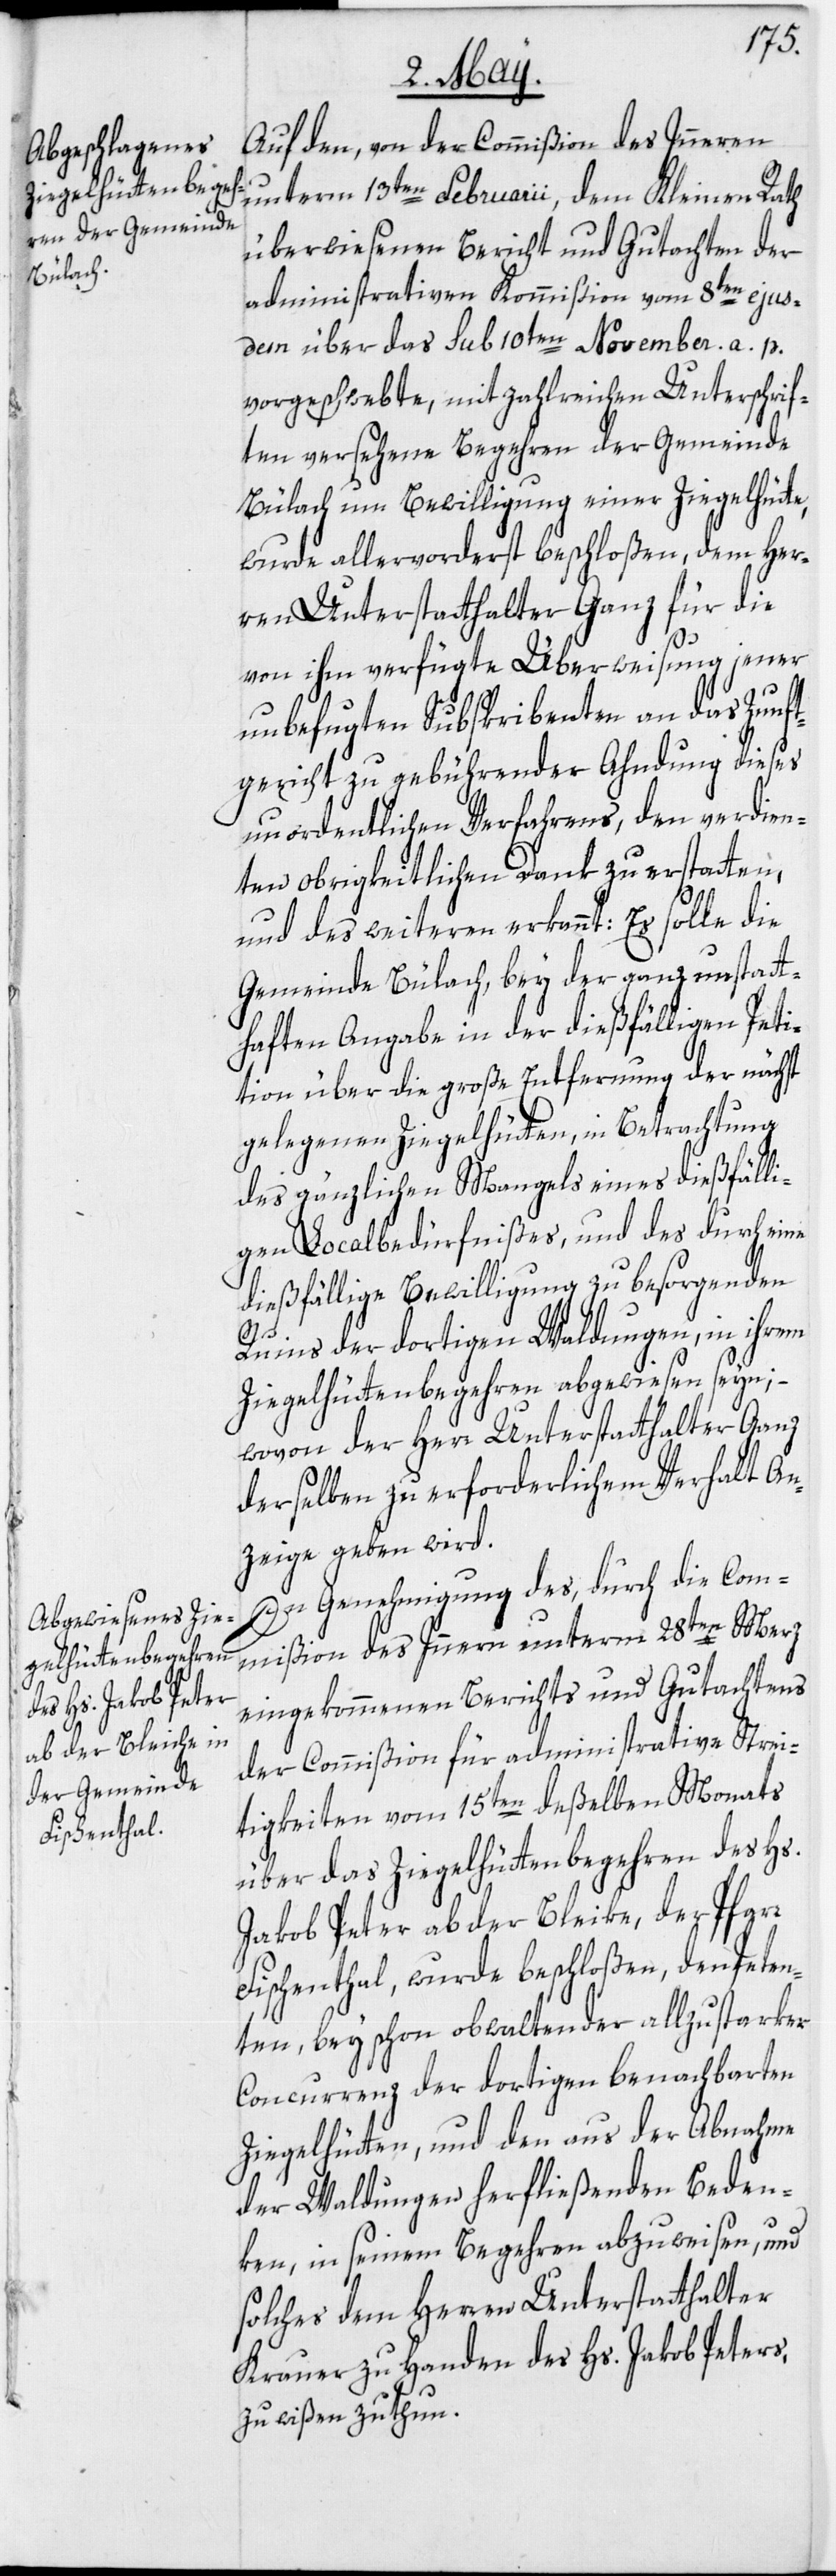
Auf den, von der Commißion des Inneren
unterm 13ten Februarii, dem Kleinen Rath
überwiesenen Bericht und Gutachten der
administrativen Kommißion vom 8ten ejus¬
dem über das sub 10ten November a. p.
vorgeschwebte, mit zahlreichen Unterschrif¬
ten versehene Begehren der Gemeinde
Bülach um Bewilligung einer Ziegelhütte,
wurde allervorderst beschloßen, dem Her¬
ren Unterstatthalter Ganz für die
von ihm verfügte Überweisung jener
unbefugten Subskribenten an das Zunft¬
gericht zu gebührender Ahndung dieses
unordentlichen Verfahrens, den verdien¬
ten obrigkeitlichen Dank zu erstatten,
und des weiteren erkannt: Es solle die
Gemeinde Bülach, bey der ganz unstatt¬
haften Angabe in der dießfälligen Peti¬
tion über die große Entfernung der nächst
gelegenen Ziegelhütten, in Betrachtung
des gänzlichen Mangels eines dießfälli¬
gen Localbedürfnißes, und des durch eine
dießfällige Bewilligung zu besorgenden
Ruins der dortigen Waldungen, in ihrem
Ziegelhüttenbegehren abgewiesen seyn; –
wovon der Herr Unterstatthalter Ganz
derselben zu erforderlichem Verhalt An¬
zeige geben wird.
In Genehmigung des, durch die Com¬
mißion des Innern unterm 28ten Merz
eingekommenen Berichts und Gutachtens
der Commißion für administrative Strei¬
tigkeiten vom 15ten deßelben Monats
über das Ziegelhüttenbegehren des Hs.
Jakob Peter ab der Bleike, der Pfarr
Fischenthal, wurde beschloßen, den Peten¬
ten, bey schon obwaltender allzustarker
Concurrenz der dortigen benachbarten
Ziegelhütten, und den aus der Abnahme
der Waldungen herfließenden Beden¬
ken, in seinem Begehren abzuweisen, und
solches dem Herren Unterstatthalter
Krauer zu Handen des Hs. Jakob Peters,
zu wißen zu thun.